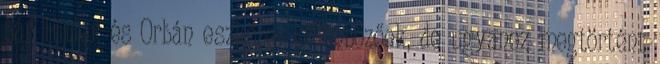
bár Hitler és Orbán eszközei különbözőek, de ugyanez megtörtént